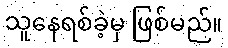
သူနေရစ်ခဲ့မှ ဖြစ်မည်။